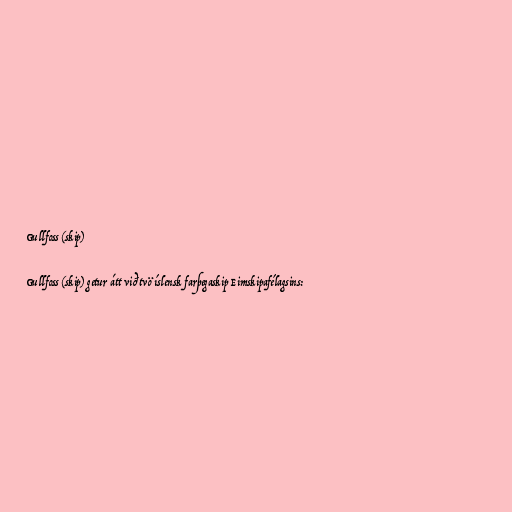
Gullfoss (skip)

Gullfoss (skip) getur átt við tvö íslensk farþegaskip Eimskipafélagsins: